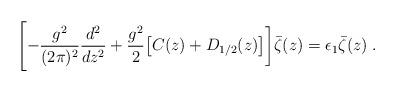
LaTeX: \begin{align*}\Biggl [ -{g^2 \over (2 \pi)^2} {d ^2 \over dz^2} + {g ^2 \over 2}\bigl [ C(z) + D_{1/2} (z) \bigr ] \biggr ] \bar \zeta (z) = \epsilon_1 \bar \zeta (z)\; .\end{align*}